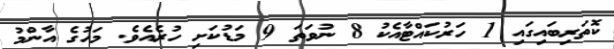
ކޮތަރިބައިގައި 1 ހަރުކައްޓާއެކު 8 ނުވަތަ 9 މަޑުކަށި ހުރެއެވެ. މަހުގެ އާންމު